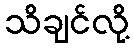
သိချင်လို့